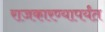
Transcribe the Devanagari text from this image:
राजकारण्यापर्यंत